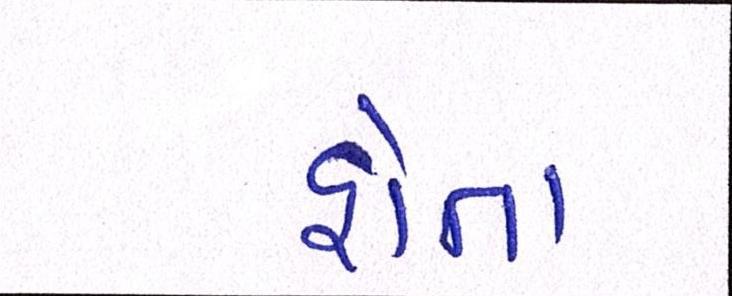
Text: હોતા